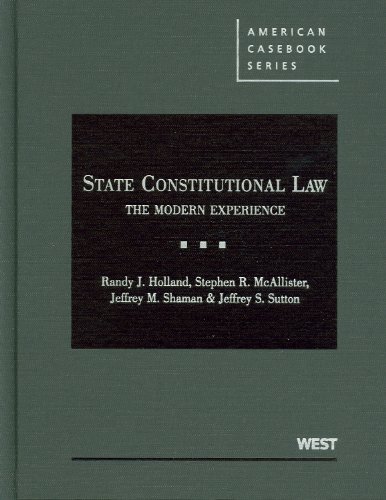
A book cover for State Constitutional Law: The Modern Experience (American Casebook Series); Randy Holland; Law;